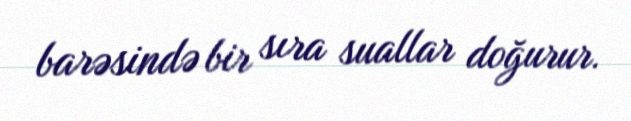
barəsində bir sıra suallar doğurur.